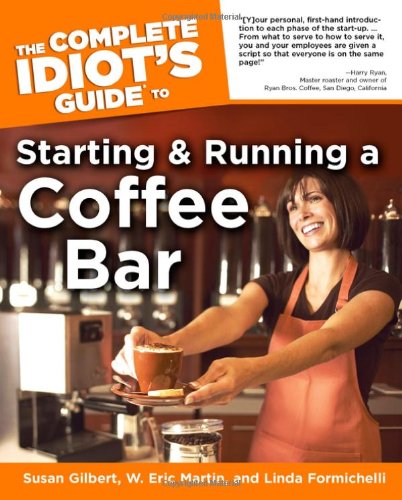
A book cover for The Complete Idiot's Guide to Starting And Running A Coffeebar (Idiot's Guides); Linda Formichelli; Business & Money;